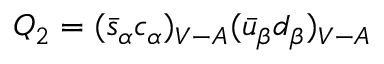
Q _ { 2 } = ( \bar { s } _ { \alpha } c _ { \alpha } ) _ { V - A } ( \bar { u } _ { \beta } d _ { \beta } ) _ { V - A }